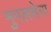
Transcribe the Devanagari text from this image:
मुगलसेना